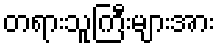
တရားသူကြီးများအား